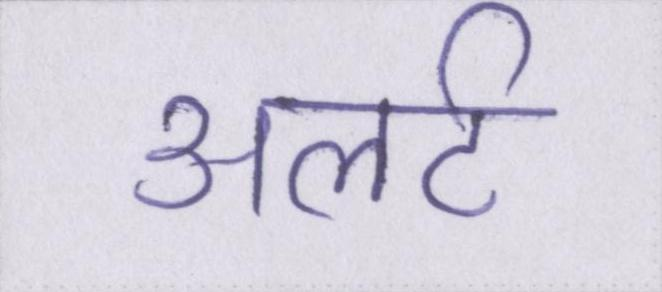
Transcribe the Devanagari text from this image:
अलर्ट